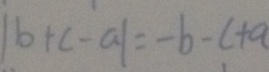
\vert b + c - a \vert = - b - c + a